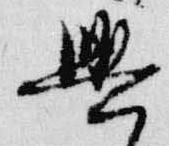
興